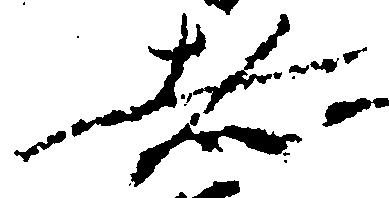
者